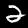
Label: 2